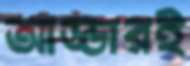
আড্ডারই